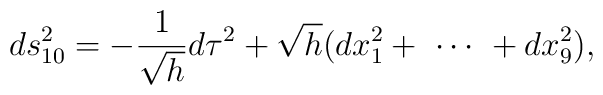
ds^2_{10} = - \frac{1}{\sqrt{h}} d \tau^2 + \sqrt{h}     (dx_1^2 + \  \cdots \  + dx_9^2  ),